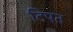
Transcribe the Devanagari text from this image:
टिपत